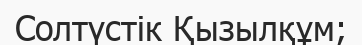
Солтүстік Қызылқұм;